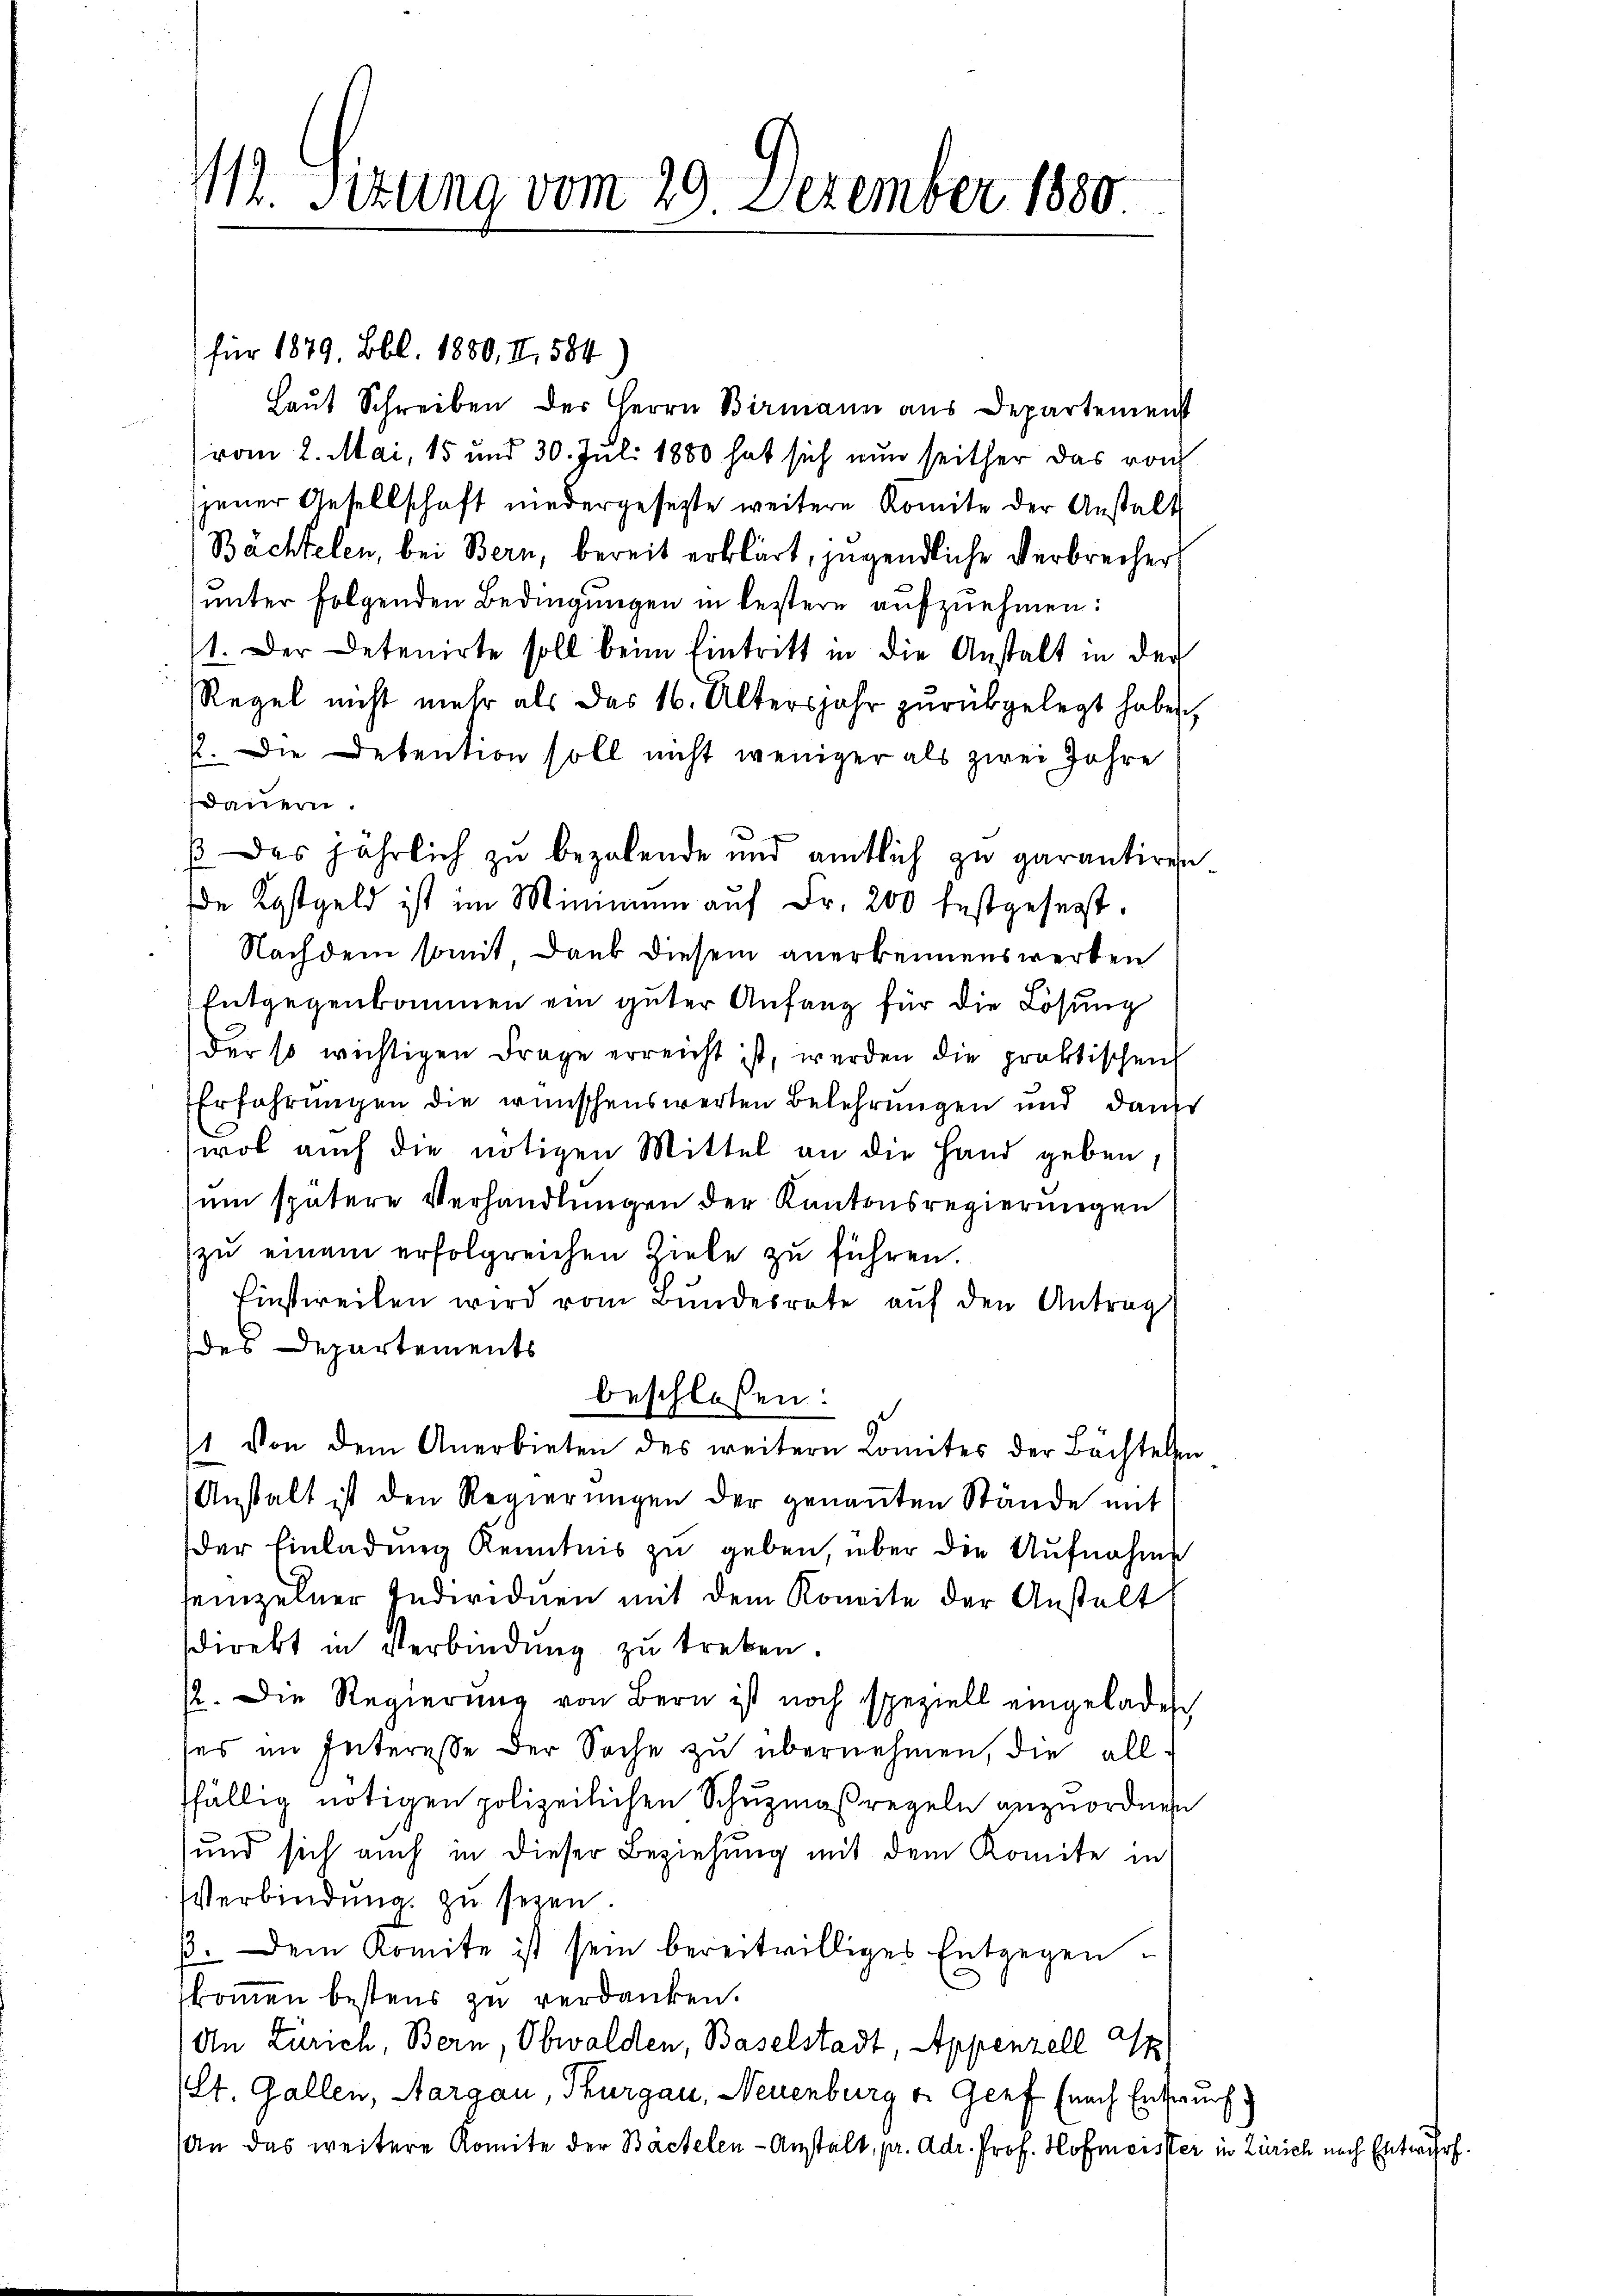
112. Sizung vom 29. Dezember 1880.

für 1879, Bbl. 1880, II, 584
Laŭt Schreiben der Herrn Birmann aus Departement
vom 2. Mai, 15 und 30. Juli 1880 hat sich nun seither das von
jener Gesellschaft niedergesetzte weitere Komite der Anstalt
Bächtelen, bei Bern, bereit erklärt, jugendliche Verbrecher
unter folgenden Bedingungen in bestere aufzuehmen:
1. Der Detenirte soll beim Eintritt in die Anstalt in der
Regel nicht mehr als das 16. Altersjahr zŭrükgelegt haben,
2. Die Detention soll nicht weniger als zwei Jahre
dauern.
ß das jährlich zu bezalende und amtlich zu garantiren.
de Kostgeld ist im Minimum auf Fr. 200 festgesegt.
Nachdem somit, Dank diesem anerkennenswerten
Entgegenkommen ein guter Anfang für die Lösung
der so wichtigen Frage erreicht ist, werden die praktischen
Erfahrungen die wünschenswerten Bekehrungen und dankt
wol auch die nötigen Mittel an die Hand geben,
um spätere Verhandlungen der Kantonsregierungen
zu einem erfolgreichen Ziele zu führen.
Einstweilen wird vom Bundesrate auf den Antrag
des Departements
beschlossen:
1 von dem Anerbieten des weitern Comites der Bächtelen,
Anstalt ist den Regierŭngen der genaṅten Stände mit
der Einladung Kenntnis zu geben, über die Aufnahme
seinzelner Individuen mit dem Koneite der Anstalt
sdirekt in Verbindung zu treten.
/2. Die Regierung von Bern ist noch speziell eingeladen
ses im Interesse der Sache zu übernehmen, die all-
fällig nötigen polizeilichen Schuzmaßregeln anzuordnen
und sich auch in dieser Beziehung mit dem Komite in
Verbindung zu seyen.
. Dem Komite ist sein bereitwilliges Entgegen
skommen bestens zu verdanken.
An Zürich, Bern, Obwalden, Baselstadt, Appenzell I
St. Gallen, Aargau, Thurgau, Neuenburg v. Genf (nach Entwurf.
(an das weitere Komite der Bächelen-Anstalt, pr. Adr. Prof. Hofmeister in Zürich nach Entwurf